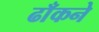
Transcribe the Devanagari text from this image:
ढाँकने